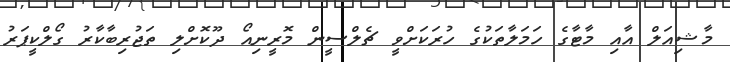
މާޝިއަލް އާއި މާޓާގެ ހަމަލާތަކުގެ ހުރަކަށްވީ ޗެލްސީން މޮރީނިއޯ ދޫކޮށްލި ތަޖުރިބާކާރު ގޯލްކީޕަރު